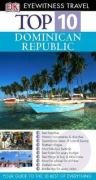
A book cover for Dominican Republic (DK Eyewitness Top 10 Travel Guide); James Ferguson; Travel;